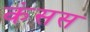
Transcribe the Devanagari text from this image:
कंसस